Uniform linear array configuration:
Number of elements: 24
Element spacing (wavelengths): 0.25
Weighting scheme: hann
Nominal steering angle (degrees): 45
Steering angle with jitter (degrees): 45.985
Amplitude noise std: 0.05
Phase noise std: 0.05

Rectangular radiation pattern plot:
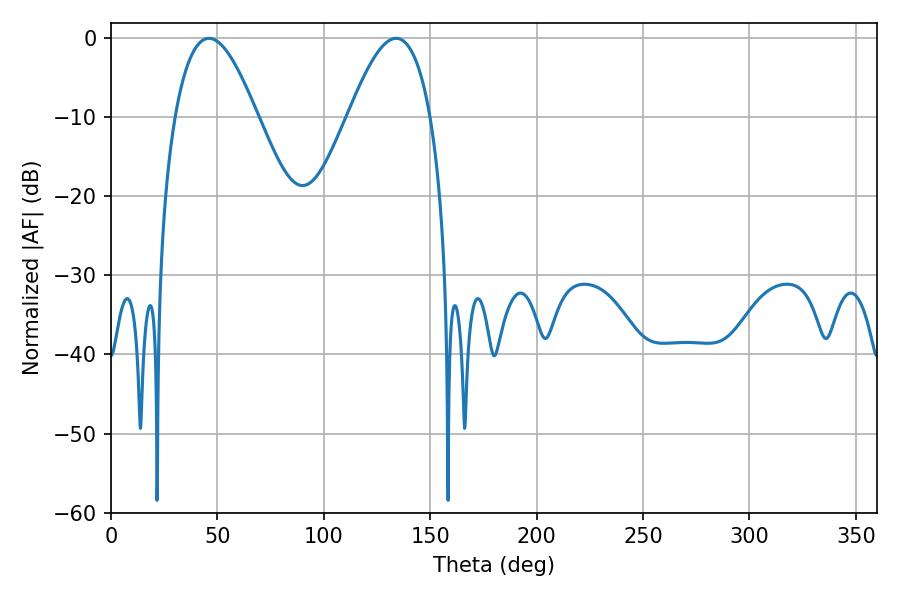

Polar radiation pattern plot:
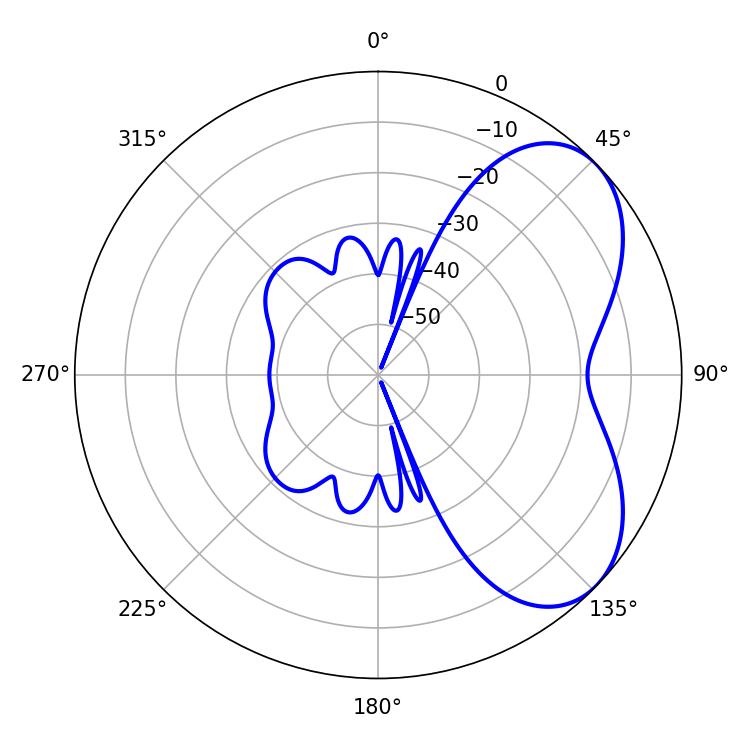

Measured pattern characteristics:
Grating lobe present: FALSE
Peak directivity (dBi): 5.286
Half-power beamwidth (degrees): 21.06
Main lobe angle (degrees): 46.08